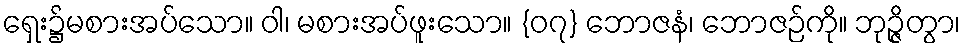
ရှေး၌မစားအပ်သော။ ဝါ၊ မစားအပ်ဖူးသော။ {၀၇} ဘောဇနံ၊ ဘောဇဉ်ကို။ ဘုဉ္ဇိတွာ၊